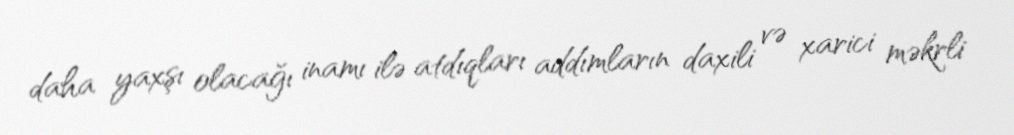
daha yaxşı olacağı inamı ilə atdıqları addımların daxili və xarici məkrli